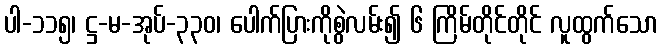
ပါ-၁၁၅၊ ဋ္ဌ-မ-အုပ်-၃၃၀၊ ပေါက်ပြားကိုစွဲလမ်း၍ ၆ ကြိမ်တိုင်တိုင် လူထွက်သော